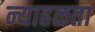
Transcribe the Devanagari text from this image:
न्याहळता